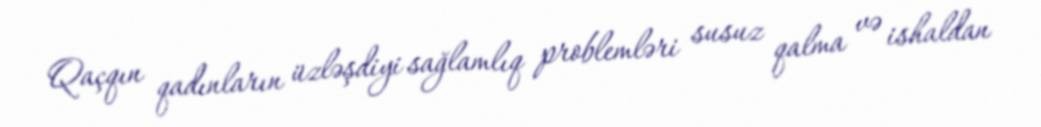
Qaçqın qadınların üzləşdiyi sağlamlıq problemləri susuz qalma və ishaldan